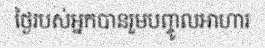
ថ្ងៃរបស់អ្នកបានរួមបញ្ចូលអាហារ